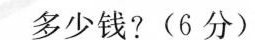
多少钱?(6分)